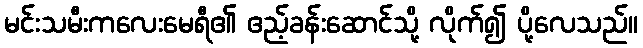
မင်းသမီးကလေးမေရီ၏ ဧည့်ခန်းဆောင်သို့ လိုက်၍ ပို့လေသည်။